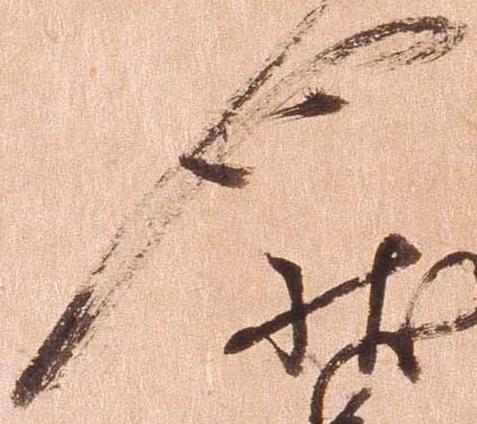
也